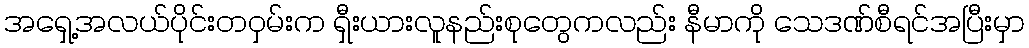
အရှေ့အလယ်ပိုင်းတဝှမ်းက ရှီးယားလူနည်းစုတွေကလည်း နီမာကို သေဒဏ်စီရင်အပြီးမှာ